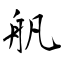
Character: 舤